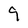
Character: 9